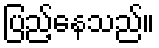
ပြည့်နေသည်။